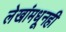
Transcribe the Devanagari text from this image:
लेखांमधूनही